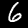
Digit: 6